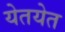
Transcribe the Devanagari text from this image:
येतयेत